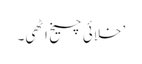
’ خلائی چیخ اٹھی۔